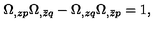
\Omega _ { , z p } \Omega _ { , \bar { z } q } - \Omega _ { , z q } \Omega _ { , \bar { z } p } = 1 ,